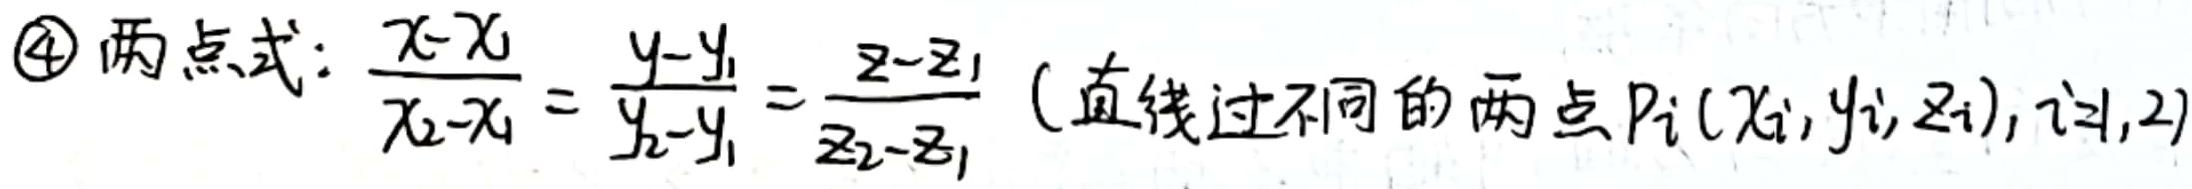
$\textcircled{4}$ 两点式：$\frac{x - x_1}{x_2 - x_1} = \frac{y - y_1}{y_2 - y_1} = \frac{z - z_1}{z_2 - z_1}$（直线过不同的两点$P_i(x_i, y_i, z_i), i = 1, 2$）